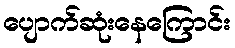
ပျောက်ဆုံးနေကြောင်း